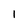
Character: 1